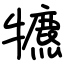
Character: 犥